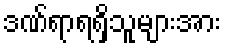
ဒဏ်ရာရရှိသူများအား